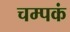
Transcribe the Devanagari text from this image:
चम्पकं